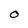
Character: O